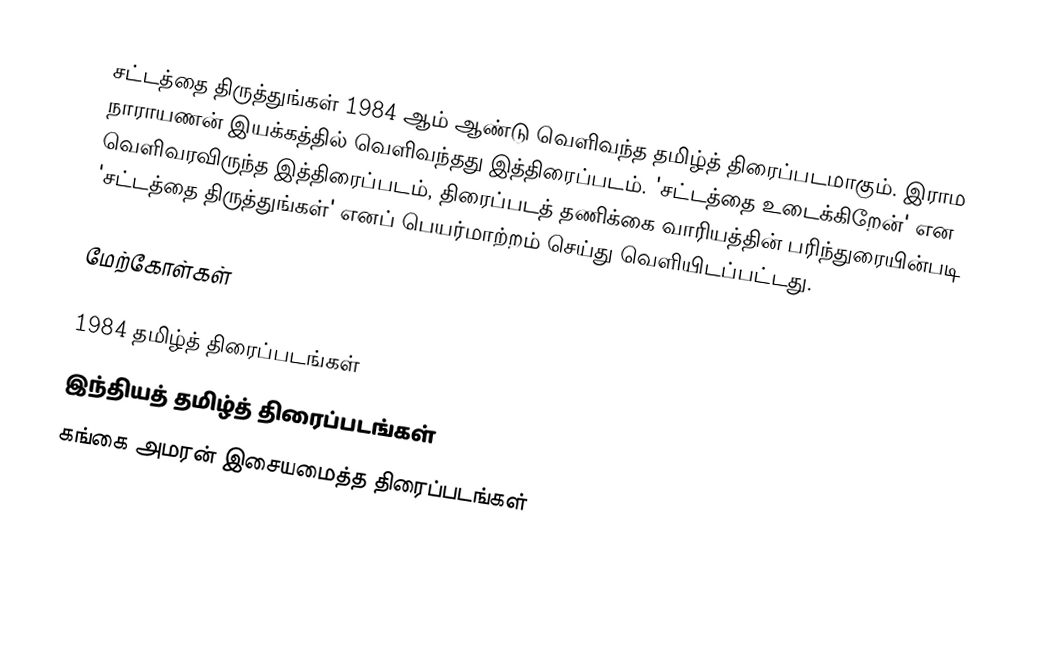
சட்டத்தை திருத்துங்கள் 1984 ஆம் ஆண்டு வெளிவந்த தமிழ்த் திரைப்படமாகும். இராம நாராயணன் இயக்கத்தில் வெளிவந்தது இத்திரைப்படம். 'சட்டத்தை உடைக்கிறேன்' என வெளிவரவிருந்த இத்திரைப்படம், திரைப்படத் தணிக்கை வாரியத்தின் பரிந்துரையின்படி 'சட்டத்தை திருத்துங்கள்' எனப் பெயர்மாற்றம் செய்து வெளியிடப்பட்டது.

மேற்கோள்கள்

1984 தமிழ்த் திரைப்படங்கள்
இந்தியத் தமிழ்த் திரைப்படங்கள்
கங்கை அமரன் இசையமைத்த திரைப்படங்கள்